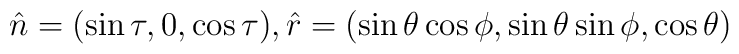
\hat{n}=(\sin\tau,0,\cos\tau), \hat{r}=(\sin\theta\cos\phi ,\sin\theta\sin\phi,\cos\theta)